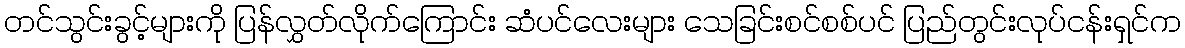
တင်သွင်းခွင့်များကို ပြန်လွှတ်လိုက်ကြောင်း ဆံပင်လေးများ သေခြင်းစင်စစ်ပင် ပြည်တွင်းလုပ်ငန်းရှင်က